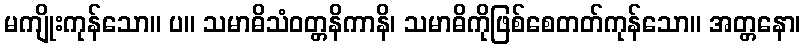
မကျိုးကုန်သော။ ပ။ သမာဓိသံဝတ္တနိကာနိ၊ သမာဓိကိုဖြစ်စေတတ်ကုန်သော။ အတ္တနော၊